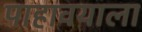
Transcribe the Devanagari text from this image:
पाहावयाला